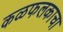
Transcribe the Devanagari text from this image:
कळफलकाचा